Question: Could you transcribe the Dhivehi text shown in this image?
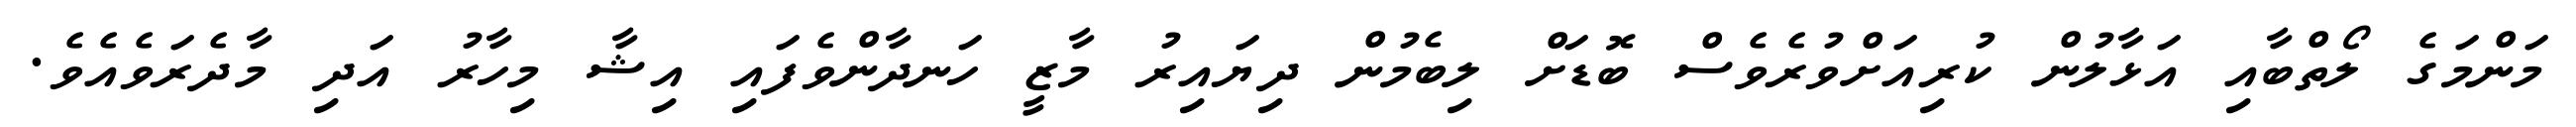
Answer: މަންމަގެ ލޯތްބާއި އަޅާލުން ކުރިއަށްވުރެވެސް ބޮޑަށް ލިބެމުން ދިޔައިރު މާޒީ ހަނދާންވެފައި އިޝާ މިހާރު އަދި މާދެރަވެއެވެ.